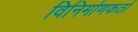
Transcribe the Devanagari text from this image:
विनिर्माणकर्ता